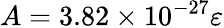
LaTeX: A=3.82\times{10}^{-27}\varepsilon